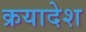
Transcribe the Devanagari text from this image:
क्रयादेश